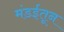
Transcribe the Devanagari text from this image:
मंडईतून